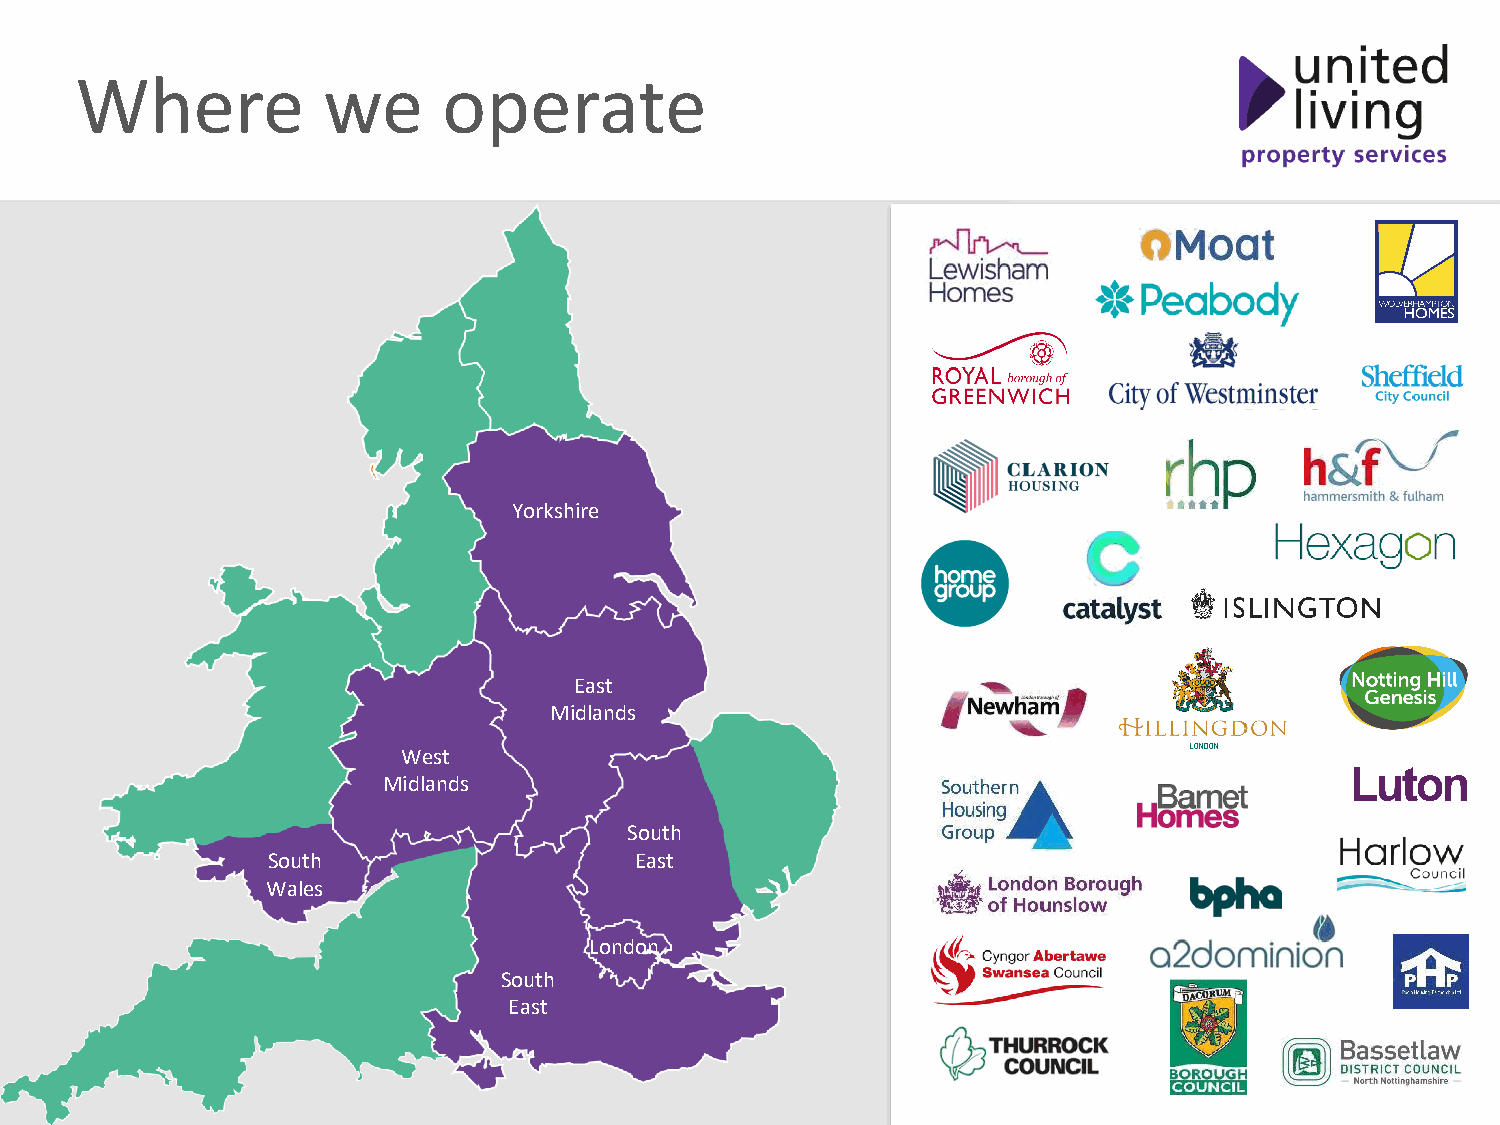
Where           we      operate
 Yorkshire
 East
 Midlands
 West
 Midlands
 South
 South                   East
 Wales
 London
 South
 East
 Together we achieve more